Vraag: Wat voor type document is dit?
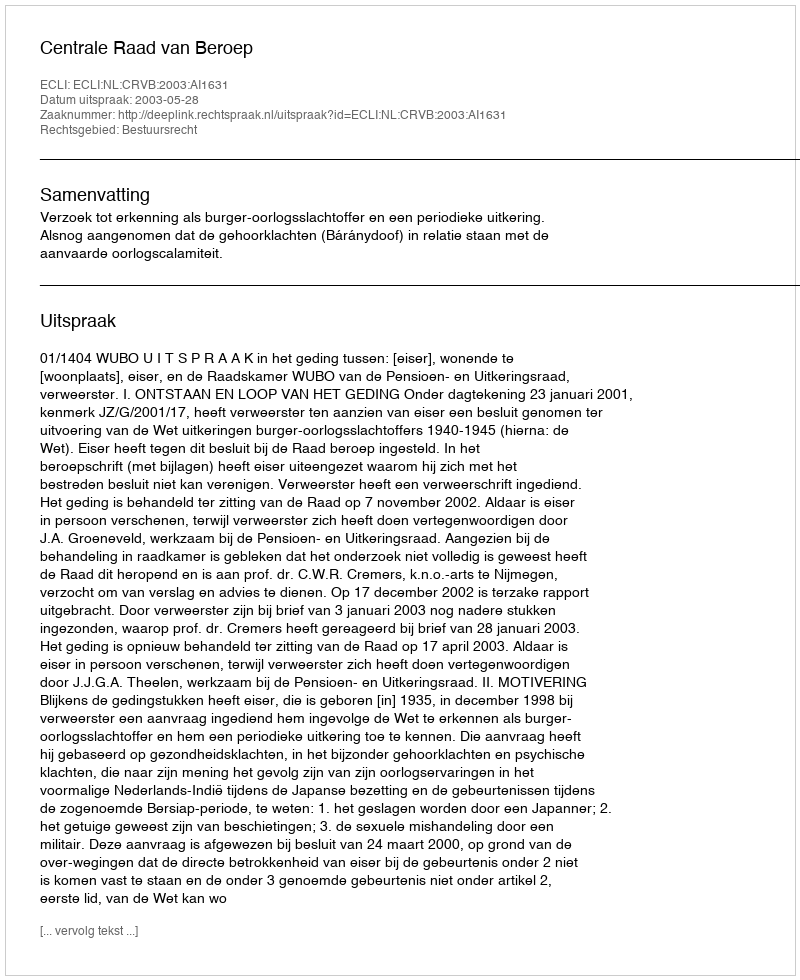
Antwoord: Uitspraak